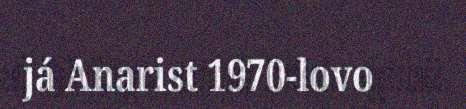
já Anarist 1970-lovo